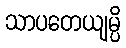
သာပတေယျမ္ပိ